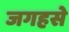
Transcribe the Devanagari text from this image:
जगहसे